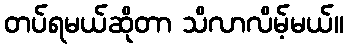
တပ်ရမယ်ဆိုတာ သိလာလိမ့်မယ်။